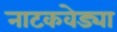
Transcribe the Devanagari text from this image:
नाटकवेड्या